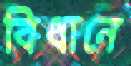
বিধানে